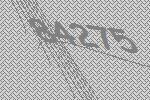
84275